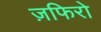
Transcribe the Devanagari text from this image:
ज़फिरो